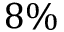
8 \%